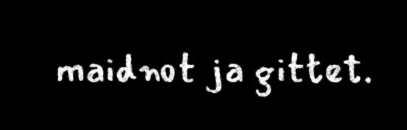
maidnot ja gittet.